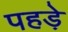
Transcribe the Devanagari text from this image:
पहड़े